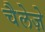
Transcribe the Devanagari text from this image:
चैलेज़े